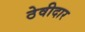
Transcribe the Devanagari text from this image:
ठेवीदार